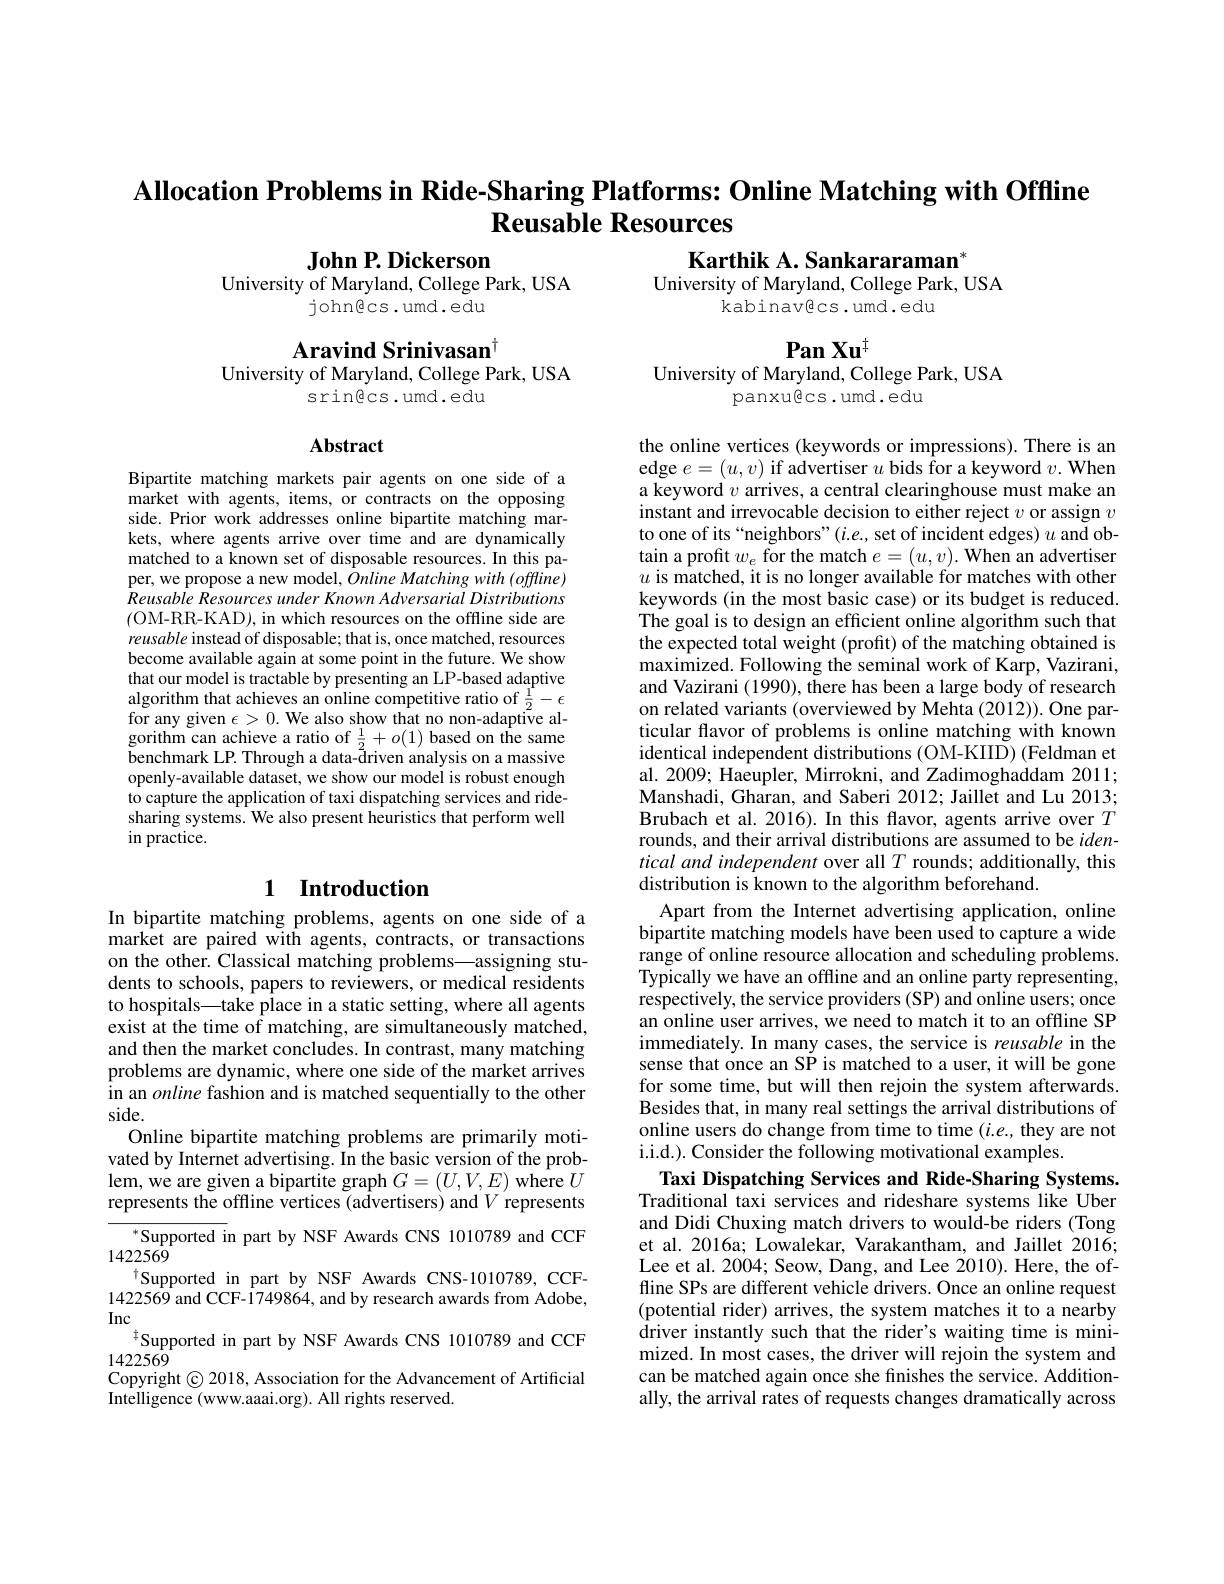
Allocation Problems in Ride-Sharing Platforms: Online Matching with Offline
# Reusable Resources

John P. Dickerson
University of Maryland, College Park, USA
john@cs.umd.edu

Karthik A. Sankararaman$^{*}$
University of Maryland, College Park, USA
kabinavêcs.umd.edu

$PanXu^{\dagger}$
University of Maryland, College Park, USA

Aravind Srinivasan$^{\dagger}$
University of Maryland, College Park, USA
srin@cs.umd.edu

panxu@cs.umd.edu

## Abstract

Bipartite matching markets pair agents on one side of a market with agents, items, or contracts on the opposing side. Prior work addresses online bipartite matching markets, where agents arrive over time and are dynamically matched to a known set of disposable resources. In this paper, we propose a new model, Online Matching with (offline) Reusable Resources under Known Adversarial Distributions (OM-RR-KAD), in which resources on the offline side are reusable instead of disposable; that is, once matched, resources become available again at some point in the future. We show that our model is tractable by presenting an LP-based adaptive algorithm that achieves an online competitive ratio of $\frac12-\epsilon$ for any given $\epsilon>0.$ We also show that no non-adaptive algorithm can achieve a ratio of $\frac12+o(1)$ based on the same benchmark LP. Through a data-đriven analysis on a massive openly-available dataset, we show our model is robust enough to capture the application of taxi dispatching services and ridesharing systems. We also present heuristics that perform well in practice.

# 1 Introduction

the online vertices (keywords or impressions). There is an edge $e=(u,v)$ if advertiser $u$ bids for a keyword $v. \textbf{When}$ a keyword $v$ arrives, a central clearinghouse must make an instant and irrevocable decision to either reject $v$ or assign $v$ to one of its“neighbors”(i.e., set of incident edges) $u$ and obtain a profit $w_e$ for the match $e= ( u, v) . \textbf{When an advertiser}$ $u$ is matched, it is no longer available for matches with other keywords (in the most basic case) or its budget is reduced. The goal is to design an efficient online algorithm such that the expected total weight (profit) of the matching obtained is $\hat{\text{maximized. Following the seminal work of Karp, Vazirani,}}$ and Vazirani (1990), there has been a large body of research on related variants (overviewed by Mehta (2012)). One particular flavor of problems is online matching with known identical independent distributions (OM-KIID) (Feldman et al. 2009; Haeupler, Mirrokni, and Zadimoghaddam 2011; Manshadi, Gharan, and Saberi 2012; Jaillet and Lu 2013; Brubach et al. 2016). In this flavor, agents arrive over $T$ rounds, and their arrival distributions are assumed to be $iden-$ tical and independent over all $T$ rounds; additionally, this distribution is known to the algorithm beforehand.
Apart from the Internet advertising application, online bipartite matching models have been used to capture a wide range of online resource allocation and scheduling problems. Typically we have an offline and an online party representing, respectively, the service providers (SP) and online users; once an online user arrives, we need to match it to an offline SP immediately. In many cases, the service is reusable in the sense that once an SP is matched to a user, it will be gone for some time, but will then rejoin the system afterwards. Besides that, in many real settings the arrival distributions of online users do change from time to time $(i.e.$, they are not i.i.d.). Consider the following motivational examples.
Taxi Dispatching Services and Ride-Sharing Systems. Traditional taxi services and rideshare systems like Uber and Didi Chuxing match drivers to would-be riders (Tong et al. 2016a; Lowalekar, Varakantham, and Jaillet 2016; Lee et al. 2004; Seow, Dang, and Lee 2010). Here, the offline SPs are different vehicle drivers. Once an online request (potential rider) arrives, the system matches it to a nearby driver instantly such that the rider's waiting time is minimized. In most cases, the driver will rejoin the system and can be matched again once she finishes the service. Additionally, the arrival rates of requests changes dramatically across

In bipartite matching problems, agents on one side of a market are paired with agents, contracts, or transactions on the other. Classical matching problems—assigning students to schools, papers to reviewers, or medical residents to hospitals—take place in a static setting, where all agents exist at the time of matching, are simultaneously matched, and then the market concludes. In contrast, many matching problems are dynamic, where one side of the market arrives in an online fashion and is matched sequentially to the other side.
Online bipartite matching problems are primarily motivated by Internet advertising. In the basic version of the problem, we are given a bipartite graph $G=(U,V,E)$ where $U$ represents the offline vertices (advertisers) and $V$ represents
Supported in part by NSF Awards CNS 1010789 and CCF
1422569
$^{\dagger}$Supported in part by NSF Awards CNS-1010789,CCF- 1422569 and CCF-1749864, and by research awards from Adobe, Inc
$^{\dagger}$Supported in part by NSF Awards CNS 1010789 and CCF
1422569
Copyright © 2018, Association for the Advancement of Artificial
Intelligence (www.aaai.org). All rights reserved.